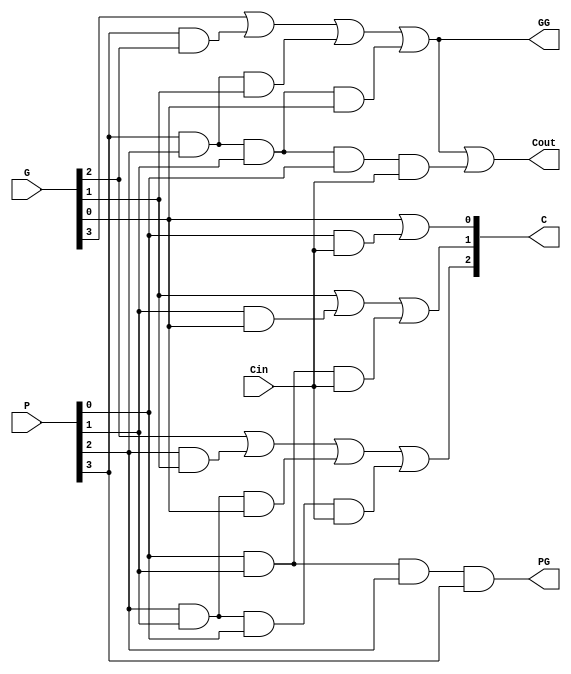
module MYCLALOG(P,G,Cin,Cout,C,PG,GG);

input [3:0]P,G;
input Cin;

output [3:1]C;
output PG,GG,Cout;

wire t1,t2,t3,t4,t5,t6,t7,t8,t9,t10;

assign PG=P[0]&P[1]&P[2]&P[3];
assign t1=P[3]&G[2];
assign t2=P[3]&P[2]&G[1];
assign t3=P[3]&P[2]&P[1]&G[0];
assign GG=G[3]|t1|t2|t3;

assign t4=P[0]&Cin;
assign C[1]=G[0]|t4;

assign t5=P[1]&G[0];
assign t6=P[1]&P[0]&Cin;
assign C[2]=G[1]|t5|t6;

assign t7=P[2]&G[1];
assign t8=P[2]&P[1]&G[0];
assign t9=P[2]&P[1]&P[0]&Cin;
assign C[3]=G[2]|t7|t8|t9;

assign t10=P[3]&P[2]&P[1]&P[0]&Cin;
assign Cout=G[3]|t1|t2|t3|t10;

endmodule